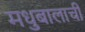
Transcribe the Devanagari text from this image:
मधुबालाची